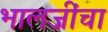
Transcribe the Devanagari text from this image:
भालजींचा